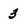
Character: 3